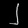
Digit: ၂